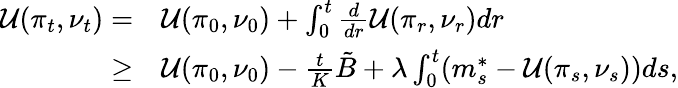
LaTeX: \begin{array}{rl}{\mathcal{U}(\pi_{t},\nu_{t})=}&{\mathcal{U}(\pi_{0},\nu_{0})+\int_{0}^{t}\frac{d}{dr}\mathcal{U}(\pi_{r},\nu_{r})dr}\\ {\geq}&{\mathcal{U}(\pi_{0},\nu_{0})-\frac{t}{K}\tilde{B}+\lambda\int_{0}^{t}(m_{s}^{*}-\mathcal{U}(\pi_{s},\nu_{s}))ds,}\end{array}